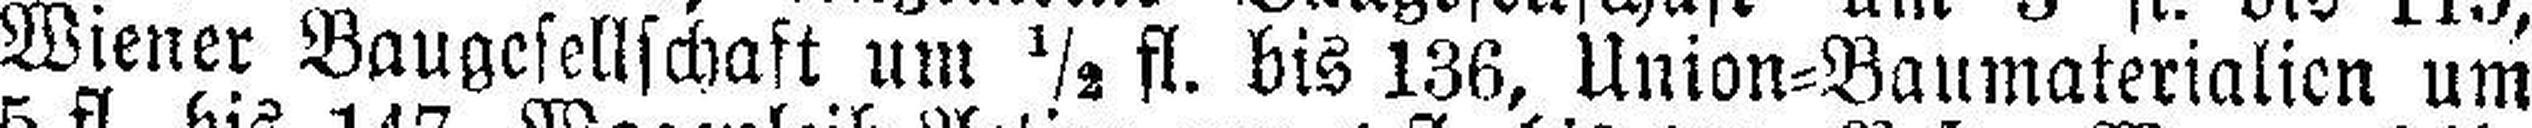
Wiener Ballgesellschaft um ½ fl. bis 136, Union=Baumaterialien um